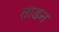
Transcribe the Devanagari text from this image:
ताडन